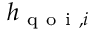
h _ { \mathrm { ~ q ~ o ~ i ~ } , i }